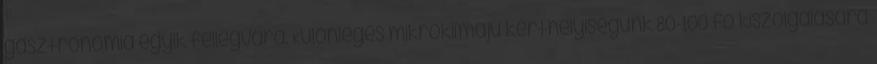
gasztronómia egyik fellegvára. Különleges mikroklímájú kerthelyiségünk 80-100 fő kiszolgálására